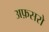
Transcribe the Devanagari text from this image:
अफ़सरो